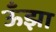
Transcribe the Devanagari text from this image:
ऊँझा